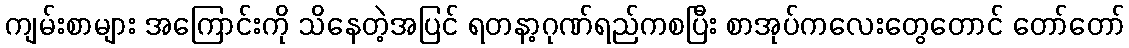
ကျမ်းစာများ အကြောင်းကို သိနေတဲ့အပြင် ရတနာ့ဂုဏ်ရည်ကစပြီး စာအုပ်ကလေးတွေတောင် တော်တော်